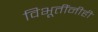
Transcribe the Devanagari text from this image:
विभूतींनीही